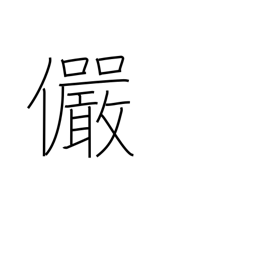
Meaning: serious